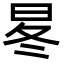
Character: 㫡